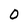
Character: 0